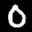
Label: 0